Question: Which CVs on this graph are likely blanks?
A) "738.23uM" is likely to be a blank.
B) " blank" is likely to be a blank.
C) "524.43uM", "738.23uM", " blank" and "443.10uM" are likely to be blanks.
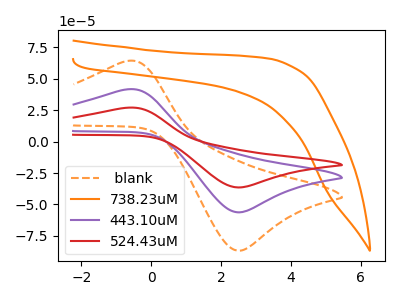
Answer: <think>The orange dashed curve " blank" has an anodic peak at (-0.70V, 64.05uA) and a cathodic peak at (2.50V, -86.75uA). The orange curve "738.23uM" has no peaks. The purple curve "443.10uM" has an anodic peak at (-0.70V, 41.50uA) and a cathodic peak at (2.50V, -56.25uA). The red curve "524.43uM" has an anodic peak at (-0.70V, 83.00uA) and a cathodic peak at (2.50V, -112.45uA).</think>
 <answer>A) "738.23uM" is likely to be a blank.</answer>
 <eval>A</eval>